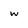
Character: w